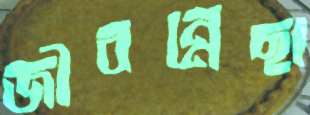
জীবন্নেছা